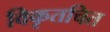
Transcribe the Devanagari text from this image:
विकृतचित